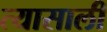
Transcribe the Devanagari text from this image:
त्‍यासाली